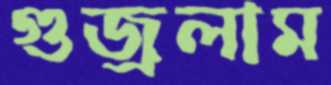
গুজ্‌রলাম